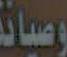
وصيانة